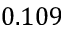
0 . 1 0 9